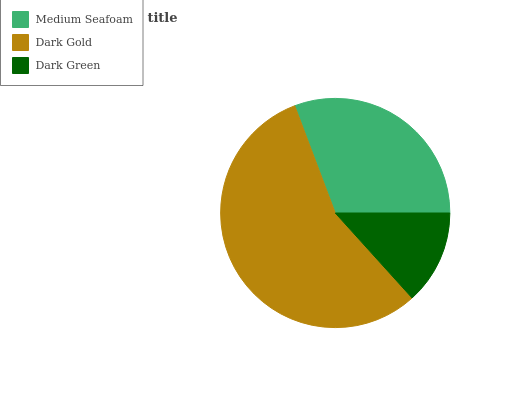
| Medium Seafoam | Dark Gold | Dark Green |
 | --- | --- | --- |
 | 30.7% | 56% | 13.3% |